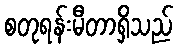
စတုရန်းမီတာရှိသည်